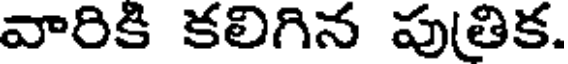
వారికి కలిగిన పుతిక.